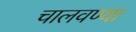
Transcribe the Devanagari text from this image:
चालवण्या